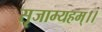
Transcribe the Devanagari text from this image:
सृजाम्यहम्।।